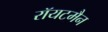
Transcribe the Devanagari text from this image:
रॉयटमैन